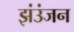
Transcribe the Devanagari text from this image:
झंउंजन